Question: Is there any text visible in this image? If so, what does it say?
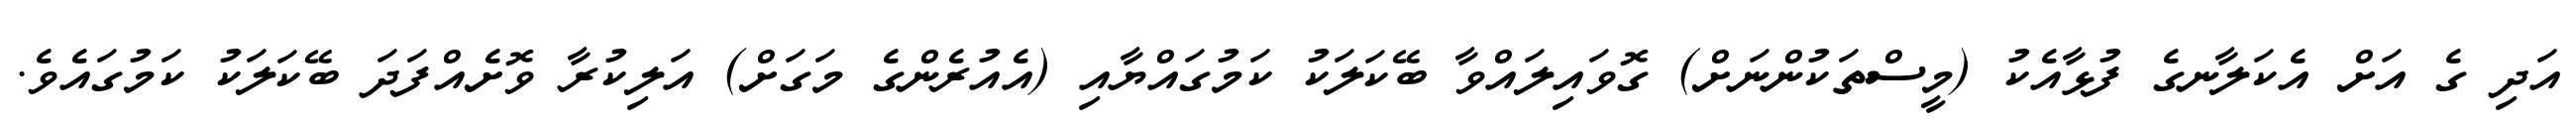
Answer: އަދި ގެ އަށް އެކަލާނގެ ފުޅާއެކު (މީސްތަކުންނަށް) ގޮވައިލައްވާ ބޭކަލަކު ކަމުގައްޔާއި (އެއުރެންގެ މަގަށް) އަލިކުރާ ވޮށެއްފަދަ ބޭކަލަކު ކަމުގައެވެ.